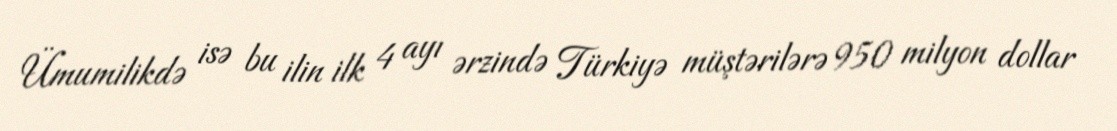
Ümumilikdə isə bu ilin ilk 4 ayı ərzində Türkiyə müştərilərə 950 milyon dollar